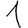
Digit: 1